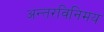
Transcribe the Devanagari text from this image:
अन्तरविनिमय